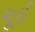
ચૂઈ